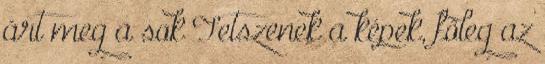
árt meg a sok Tetszenek a képek, főleg az